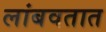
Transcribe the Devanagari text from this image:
लांबवतात